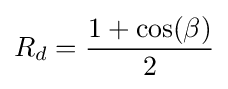
R_{d}={\frac {1+\cos(\beta )}{2}}